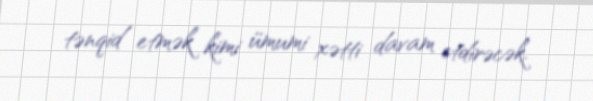
tənqid etmək kimi ümumi xətti davam etdirəcək.